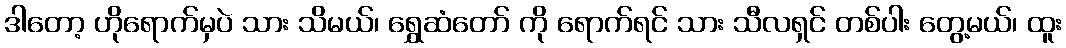
ဒါတော့ ဟိုရောက်မှပဲ သား သိမယ်၊ ရွှေဆံတော် ကို ရောက်ရင် သား သီလရှင် တစ်ပါး တွေ့မယ်၊ ထူး